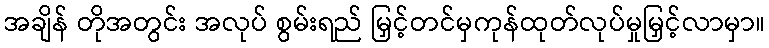
အချိန် တိုအတွင်း အလုပ် စွမ်းရည် မြှင့်တင်မှကုန်ထုတ်လုပ်မှုမြှင့်လာမှာ။